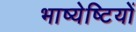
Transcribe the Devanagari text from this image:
भाष्येष्टियों